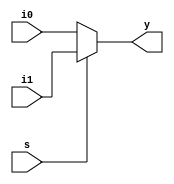
module mux16(
	input [15:0] i1, i0,
	input s,
	output [15:0] y
);

	assign y = (s == 0) ? i0:i1;
	
endmodule